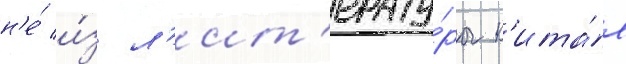
н'е́ и́з л'ит'ерату́ры к'ита́я